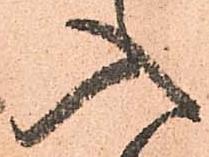
入